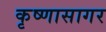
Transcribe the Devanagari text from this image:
कृष्णासागर